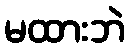
မထားဘဲ